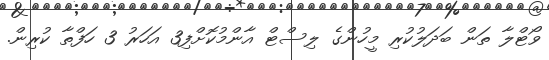
ވޯޓްލާ ތަން ބަދަލުކުރި މީހުންގެ ލިސްޓް އާންމުކޮށްފި3 އަހަރު 3 ހަފްތާ ކުރިން.